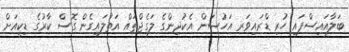
ބަލާއައިސްފައި ހުރި ޑްރައިވަރ އަހުސަން އެކުދިންގެ ލަގެޖްތައް އަތުލައިގެން ގޮސް ކާރުގެ ޑިކީއަށް